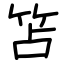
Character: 笘